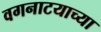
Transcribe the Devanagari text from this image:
वगनाटयाच्या